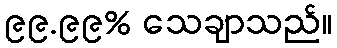
၉၉.၉၉% သေချာသည်။